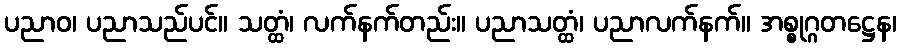
ပညာဝ၊ ပညာသည်ပင်။ သတ္ထံ၊ လက်နက်တည်း။ ပညာသတ္ထံ၊ ပညာလက်နက်။ အစ္စုဂ္ဂတဋ္ဌေန၊